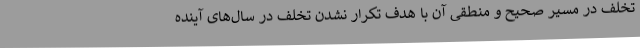
تخلف در مسیر صحیح و منطقی آن با هدف تکرار نشدن تخلف در سال‌های آینده